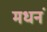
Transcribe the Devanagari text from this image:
मधनं